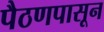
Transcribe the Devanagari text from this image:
पैठणपासून